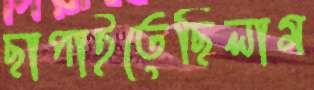
ছাপাইতেছিলাম